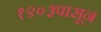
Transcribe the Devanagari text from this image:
१९०३पासून